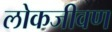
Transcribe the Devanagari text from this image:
लोकजीवण